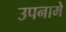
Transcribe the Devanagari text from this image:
उपनामे